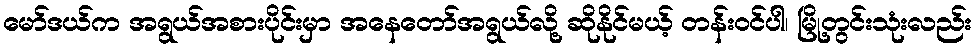
မော်ဒယ်က အရွယ်အစားပိုင်းမှာ အနေတော်အရွယ်လို့ ဆိုနိုင်မယ့် တန်းဝင်ပါ၊ မြို့တွင်းသုံးလည်း